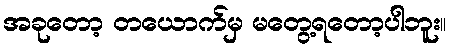
အခုတော့ တယောက်မှ မတွေ့ရတော့ပါဘူး။